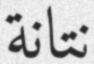
نتانة